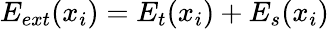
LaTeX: E_{ext}(x_{i})=E_{t}(x_{i})+E_{s}(x_{i})